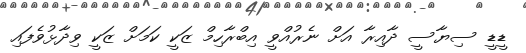
ޑީޑީ ސިޔާސީ ދާއިރާ އަށް ނެރުއްވީ އިބްރާހިމް ޒަކީ ކަމަށް ޒަކީ ވިދާޅުވެފައި